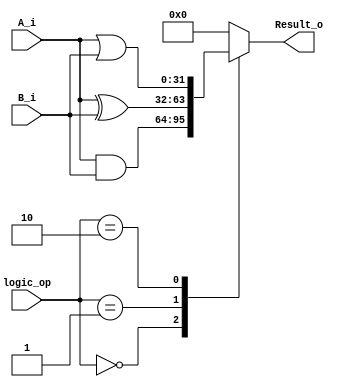
module Logic_Unit#(parameter width = 32)(  // Module definition with parameter for operand width
    input [width-1:0] A_i,                 // First operand input
    input [width-1:0] B_i,                 // Second operand input
    input [1:0] logic_op,                  // Logic operation type
    output reg [width-1:0] Result_o        // Output result of the logic operation
    );

    // Logic operation based on logic_op input
    always @(*) begin
        case (logic_op)
            2'b00: begin  // AND operation
                Result_o = A_i & B_i;
            end
            2'b01: begin  // XOR operation
                Result_o = A_i ^ B_i;
            end
            2'b10: begin  // OR operation
                Result_o = A_i | B_i;
            end
            default: begin  // Default case, output is zero
                Result_o = {(width){1'b0}};
            end
        endcase
    end
endmodule